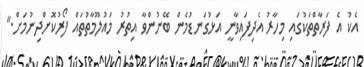
އެކު އެ ފަރާތްތަކުގައި މިހާރު އެދިފައިވާނީ އަޅުގަނޑުމެން ބޭނުންވާ އިތުރު މައުލޫމާތުތައް ފޯރުކޮށްދިނުމަށް."